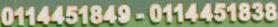
0114451849-0114451838